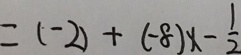
= ( - 2 ) + ( - 8 ) x - \frac { 1 } { 2 }